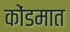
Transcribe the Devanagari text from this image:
कोंडमात